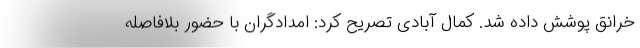
خرانق پوشش داده شد. کمال آبادی تصریح کرد: امدادگران با حضور بلافاصله